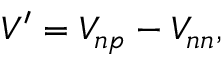
\begin{array} { r } { V ^ { \prime } = V _ { n p } - V _ { n n } , } \end{array}